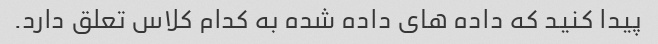
پیدا کنید که داده های داده شده به کدام کلاس تعلق دارد.